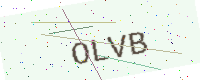
Text: OLVB